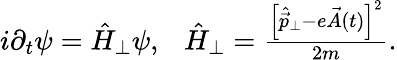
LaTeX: \begin{array}{r}{i\partial_{t}\psi=\hat{H}_{\perp}\psi,~~~\hat{H}_{\perp}=\frac{\left[\hat{\vec{p}}_{\perp}-e\vec{A}(t)\right]^{2}}{2m}.}\end{array}